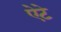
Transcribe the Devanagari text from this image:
ऐटे